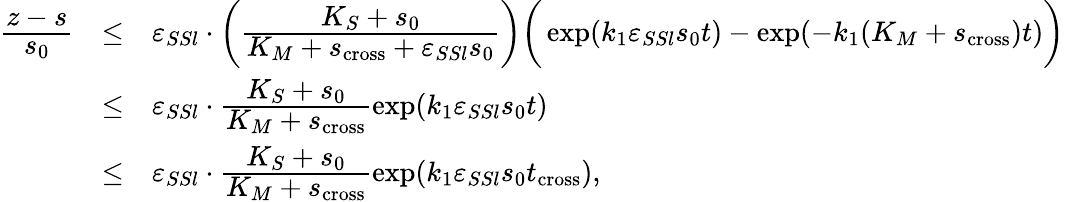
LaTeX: \begin{array}{rcl}{\cfrac{z-s}{s_{0}}}&{\leq}&{\varepsilon_{SSl}\cdot\bigg(\cfrac{K_{S}+s_{0}}{K_{M}+s_{\mathrm{cross}}+\varepsilon_{SSl}s_{0}}\bigg)\bigg(\exp(k_{1}\varepsilon_{SSl}s_{0}t)-\exp(-k_{1}(K_{M}+s_{\mathrm{cross}})t)\bigg)}\\ &{\leq}&{\varepsilon_{SSl}\cdot\cfrac{K_{S}+s_{0}}{K_{M}+s_{\mathrm{cross}}}\exp(k_{1}\varepsilon_{SSl}s_{0}t)}\\ &{\leq}&{\varepsilon_{SSl}\cdot\cfrac{K_{S}+s_{0}}{K_{M}+s_{\mathrm{cross}}}\exp(k_{1}\varepsilon_{SSl}s_{0}t_{\mathrm{cross}}),}\end{array}